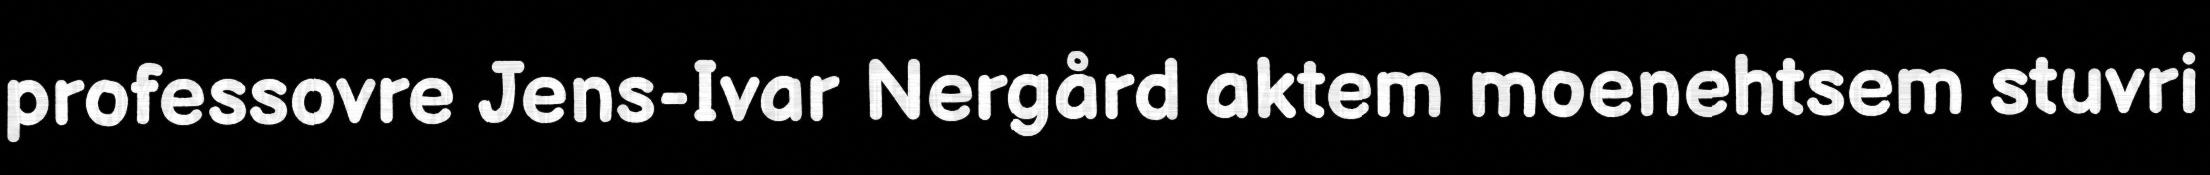
professovre Jens-Ivar Nergård aktem moenehtsem stuvri